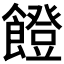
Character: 𩞬